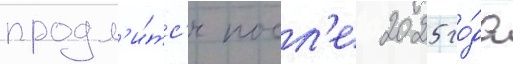
продл'и́тс'я посл'е 2025 го́да